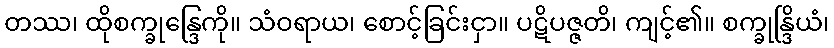
တဿ၊ ထိုစက္ခုန္ဒြေကို။ သံဝရာယ၊ စောင့်ခြင်းငှာ။ ပဋိပဇ္ဇတိ၊ ကျင့်၏။ စက္ခုန္ဒြိယံ၊